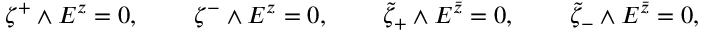
\begin{array} { l l l l } { { \zeta ^ { + } \wedge E ^ { z } = 0 , \, \, } } & { { \quad \zeta ^ { - } \wedge E ^ { z } = 0 , \, \, } } & { { \quad \tilde { \zeta } _ { + } \wedge E ^ { \bar { z } } = 0 , \, \, } } & { { \quad \tilde { \zeta } _ { - } \wedge E ^ { \bar { z } } = 0 , } } \end{array}